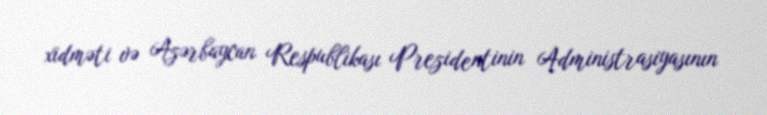
xidməti və Azərbaycan Respublikası Prezidentinin Administrasiyasının